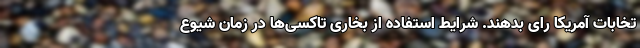
تخابات آمریکا رای بدهند. شرایط استفاده از بخاری تاکسی‌ها در زمان شیوع